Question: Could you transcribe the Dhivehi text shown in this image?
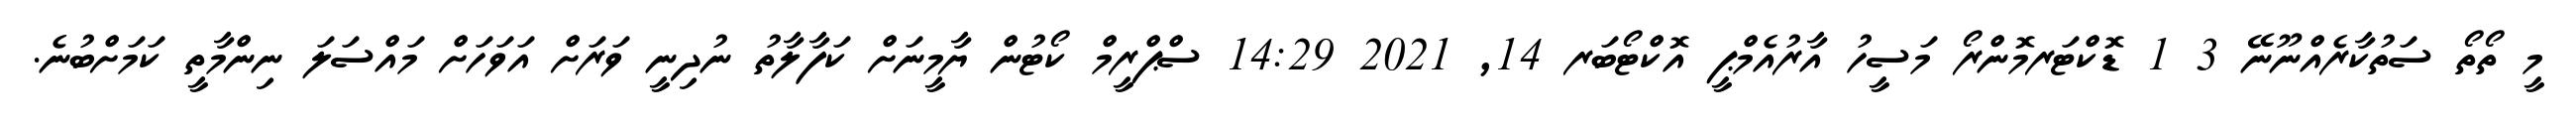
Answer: މީ ތޯތޯ ސަތުކާރެއްނޫނޭ 3 1 ޑޮކްޓަރމޮންރޯ މަސީހު އާރުއެމްޕީ އޮކްޓޯބަރ 14, 2021 14:29 ސްޕްރީމް ކޯޓުން ޔާމީނަށް ކަފާލާތު ނުދިނީ ވަރަށް އަވަހަށް މައްސަލަ ނިންމާތީ ކަމަށްބުނެ.